Vaccination United Provinces of Agra and Oudh 1902-1913 - 1902-1913
Year: 1902
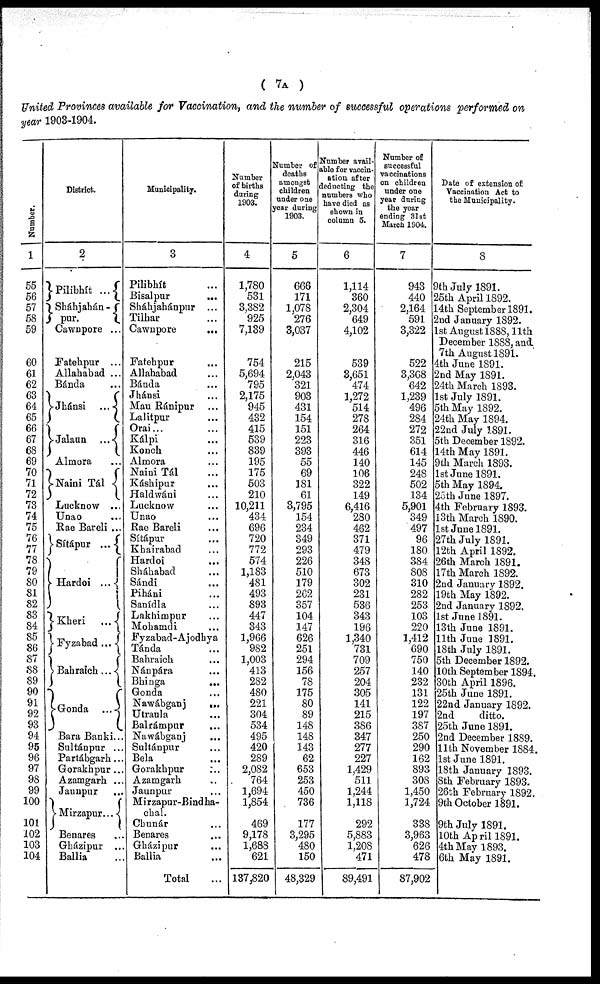
( 7A )
United Provinces available for Vaccination, and the number of successful operations performed on
year 1903-1904.
Number.
1
55
56
57
58
59
60
61
62
63
64
65
66
67
68
69
70
71
72
73
74
75
76
77
78
79
80
81
82
83
84
85
86
87
88
89
90
91
92
93
94
95
96
97
98
99
100
101
102
103
104
District.
2
Pilibhít ...
Sháhjahán¬
pur.
Cawnpore ...
Fatehpur ...
Allahabad ...
Bánda ...
Jhánsi ...
Jalaun ...
Almora ...
Nai ni Tál ...
Lucknow ...
Unao ...
Rae Bareli ...
Sítápur ...
Hardoi ...
Kheri ...
Fyzabad ...
Bahraich ...
Gonda ...
Bara Banki ...
Sultánpur ...
Partábgarh ...
Gorakhpur ...
Azamgarh ...
Jaunpur ...
Mirzapur ...
Benares ...
Gházipur ...
Ballia ...
Municipality.
3
Pilibhít ...
Bisalpur
...
Sháhjahánpur ...
Tilhar ...
Cawnpore ...
Fatehpur ...
Allahabad ...
Bánda
...
Jhánsi ...
Mau Ránipur ...
Lalitpur ...
Orai ...
Kálpi
...
Konch ...
Almora ...
Naini Tál ...
Káshipur ...
Haldwáni ...
Lucknow ...
Unao ...
Rae Bareli ...
Sítápur ...
Khairabad ...
Hardoi ...
Sháhabad ...
Sándi ...
Piháni ...
Sanídla ...
Lakhimpur
...
Mohamdi ...
Fyzabad-Ajodhya
Tánda ...
Bahraich ...
Nánpára
...
Bhinga
...
Gonda ...
Nawábganj
...
Utraula ...
Balrámpur ...
Nawábganj ...
Sultánpur ...
Bela ...
Gorakhpur ...
Azamgarh ...
Jaunpur ...
Mirzapur-Bindha¬
chal.
Chunár ...
Benares
...
Gházipur ...
Ballia ...
Total ...
Number
of births
during
1903.
4
1,780
531
3,382
925
7,139
754
5,694
795
2,175
945
432
415
539
839
195
175
503
210
10,211
434
696
720
772
574
1,183
481
493
893
447
343
1,966
982
1,003
413
282
480
221
304
534
495
420
289
2,082
764
1,694
1,854
469
9,178
1,688
621
137,820
Number of
deaths
amongst
children
under one
year during
1903.
5
666
171
1,078
276
3,037
215
2,043
321
903
431
154
151
223
393
55
69
181
61
3,795
154
234
349
293
226
510
179
262
357
104
147
626
251
294
156
78
175
80
89
148
148
143
62
653
253
450
736
177
3,295
480
150
48,329
Number avail¬
able for vaccin-
ation after
deducting the
numbers who
have died as
shown in
column 5.
6
1,114
360
2,304
649
4,102
539
3,651
474
1,272
514
278
264
316
446
140
106
322
149
6,416
280
462
371
479
348
673
302
231
536
343
196
1,340
731
709
257
204
305
141
215
386
347
277
227
1,429
511
1,244
1,118
292
5,883
1,208
471
89,491
Number of
successful
vaccinations
on children
under one
year during
the year
ending 31st
March 1904.
7
943
440
2,164
591
3,322
522
3,368
642
1,239
496
284
272
351
614
145
248
502
134
5,901
349
497
96
180
384
808
310
282
253
103
220
1,412
690
750
140
232
131
122
197
387
250
290
162
893
308
1,450
1,724
338
3,963
626
478
87,902
Date of extension of
Vaccination Act to
the Municipality.
8
9th July 1891.
25th April 1892.
14th September 1891.
2nd January 1892.
1st August 1888, 11th
December 1888, and
7th August 1891.
4th June 1891.
2nd May 1891.
24th March 1893.
1st July 1891.
5th May 1892.
24th May 1894.
22nd July 1,891.
5th December 1892.
14th May 1891.
9th March 1893.
1st June 1891.
5th May 1894.
25th June 1897.
4th February 1893.
13th March 1890.
1st June 1891.
27th July 1891.
12th April 1892.
26th March 1891.
17th March 1892.
2nd January 1892.
19th May 1892.
2nd January 1892.
1st June 1891.
13th June 1891.
11th June 1891.
18th July 1891.
5th December 1892.
10th September 1894.
30th April 1896.
25th June 1891.
22nd January 1892.
2nd
ditto.
25th June 1891.
2nd December 1889.
11th November 1884.
1st June 1891.
18th January 1893.
8th February 1893.
26th February 1892.
9th October 1891.
9th July 1891.
10th April 1891.
4th May 1893.
6th May 1891.